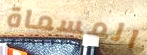
المسماة